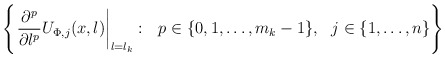
\begin{align*} \left\{\left. \frac{\partial^p}{\partial\l^p} U_{\Phi,j}(x,\l) \right|_{\l=\l_k} : \ \ p \in \{0,1,\ldots,m_k-1\},\ \ j \in \{1,\ldots,n\}\right\}\end{align*}